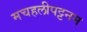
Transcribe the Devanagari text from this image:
मचहलीपट्टनम